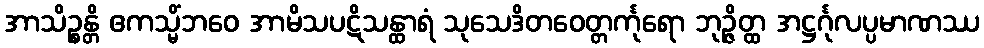
အာသိဉ္စန္တိ ဧကသ္မိံဘဝေ အာမိသပဋိသန္ထာရံ သုသေဒိတဝေတ္တင်္ကုရော ဘုဉ္ဇိတ္ထ အဋ္ဌင်္ဂုလပ္ပမာဏဿ